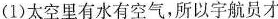
(1)太空里有水有空气，所以宇航员才